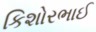
કિશોરભાઈ